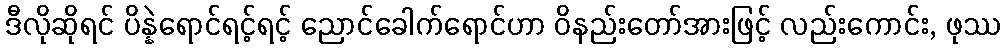
ဒီလိုဆိုရင် ပိန္နဲရောင်ရင့်ရင့် ညောင်ခေါက်ရောင်ဟာ ဝိနည်းတော်အားဖြင့် လည်းကောင်း, ဖုဿ